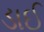
ડાઈ